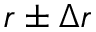
r \pm \Delta r